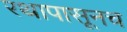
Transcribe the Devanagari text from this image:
रथापासूनच